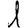
Digit: 1